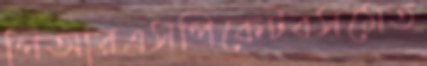
পিআরএসপিকেটবসমেত